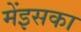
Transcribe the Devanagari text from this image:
मेंइसका